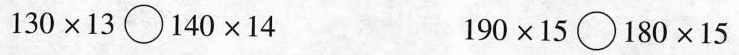
$$1 3 0 \times 1 3 \circ 1 4 0 \times 1 4$$ $$1 9 0\times 1 5 \circ 1 8 0 \times 1 5$$